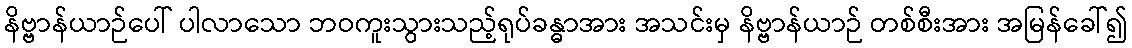
နိဗ္ဗာန်ယာဉ်ပေါ် ပါလာသော ဘဝကူးသွားသည့်ရုပ်ခန္ဓာအား အသင်းမှ နိဗ္ဗာန်ယာဉ် တစ်စီးအား အမြန်ခေါ်၍